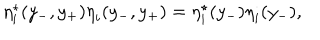
{ \eta } _ { i } ^ { \star } ( y _ { - } , y _ { + } ) { \eta } _ { i } ( y _ { - } , y _ { + } ) = { \eta } _ { i } ^ { \star } ( y _ { - } ) { \eta } _ { i } ( y _ { - } ) ,